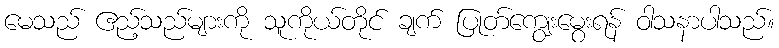
မေသည် ဧည့်သည်များကို သူကိုယ်တိုင် ချက် ပြုတ်ကျွေးမွေးရန် ဝါသနာပါသည်။